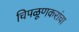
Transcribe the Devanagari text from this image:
चिपळूणकरांचा